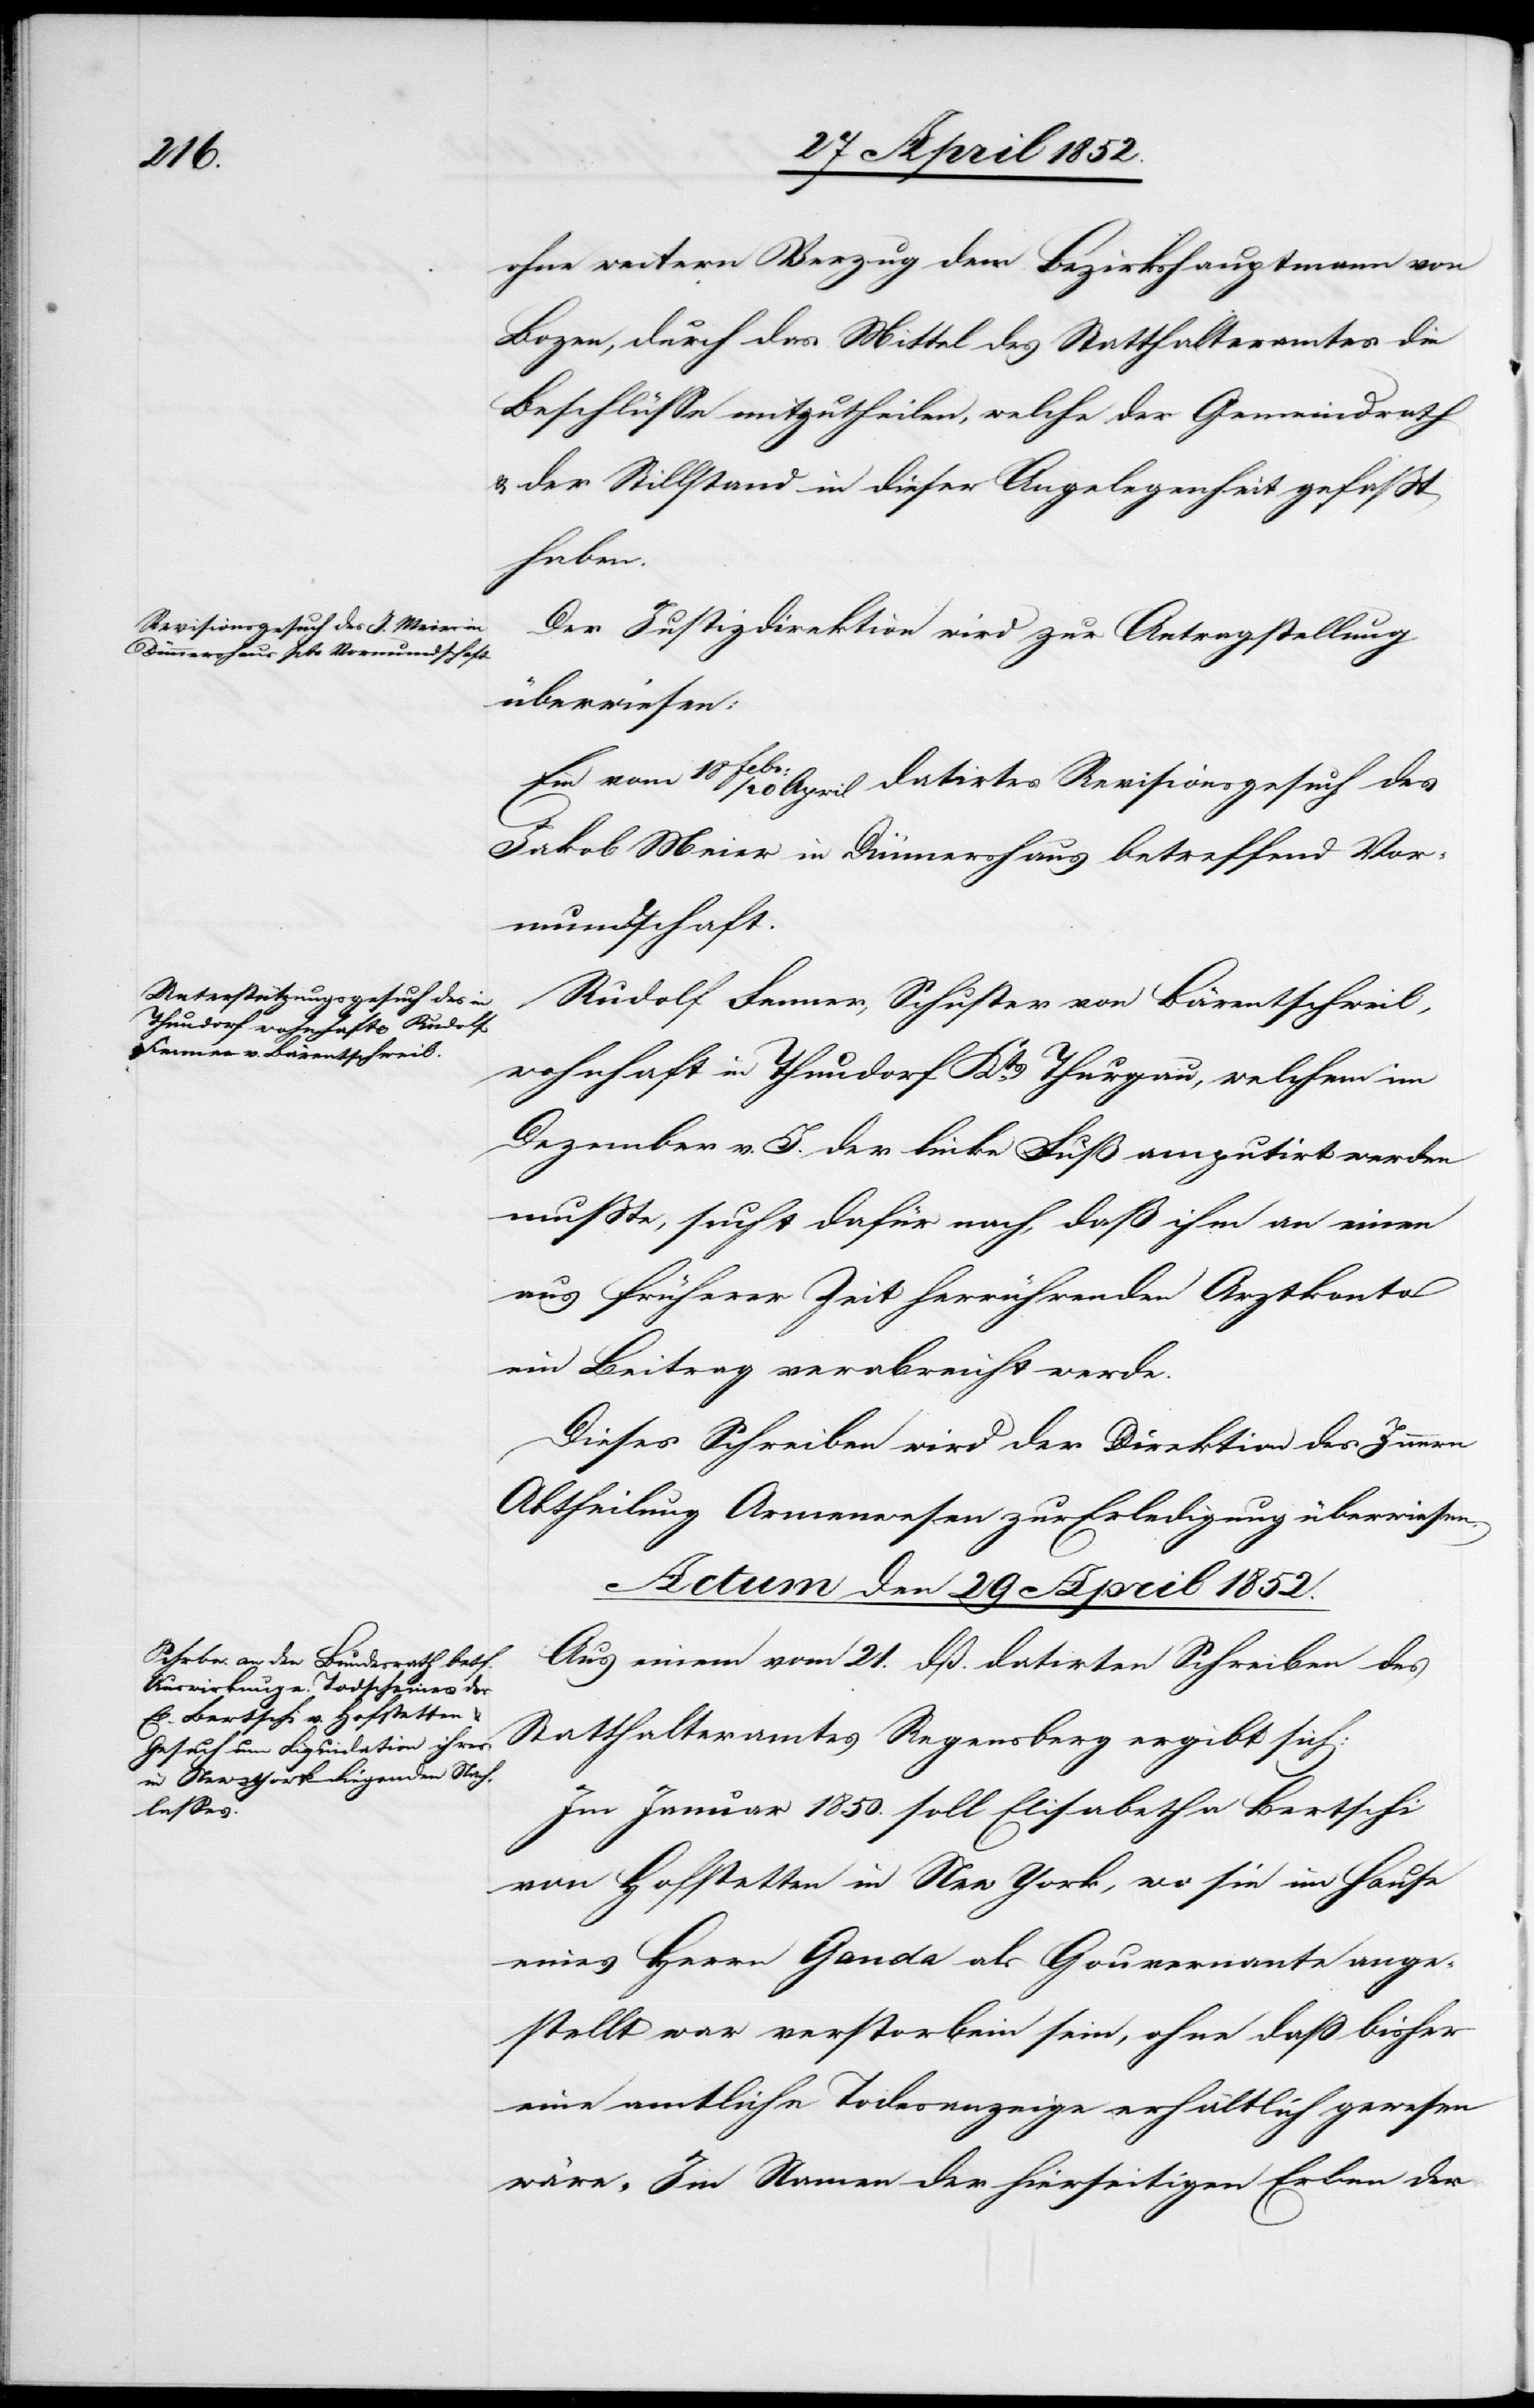
ohne weitern Verzug dem Bezirkshauptmann von
Bozen, durch das Mittel des Statthalteramtes die
Beschlüsse mitzutheilen, welche der Gemeindrath
& der Stillstand in dieser Angelegenheit gefasst
haben.
Der Justizdirektion wird zur Antragstellung
überwiesen:
Ein vom 18 Febr: / 20 April datirtes Revisionsgesuch des
Jakob Meier in Dünnershaus betreffend Vor¬
mundschaft.
Rudolf Fenner, Schuster von Bärentschweil,
wohnhaft in Thundorf Kts. Thurgau, welchem im
Dezember v. J. der linke Fuß amputirt werden
musste, sucht dafür nach, daß ihm an einen
aus früherer Zeit herrührenden Arztkonto
ein Beitrag verabreicht werde.
Dieses Schreiben wird der Direktion des Innern
Abtheilung Armenwesen zur Erledigung überwiesen.
Actum den 29 April 1852.
Aus einem vom 21. dß. datirten Schreiben des
Statthalteramtes Regensberg ergibt sich:
Im Januar 1850. soll Elisabetha Bertschi
von Hofstetten in New York, wo sie im Hause
eines Herrn Ganda als Gouvernante ange¬
stellt war verstorbein [sic!] sein, ohne dass bisher
eine amtliche Todesanzeige erhältlich gewesen
wäre. Im Namen der hierseitigen Erben der